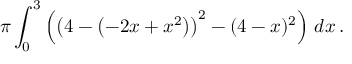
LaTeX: \pi \int _ { 0 } ^ { 3 } \left( \left( 4 - \left( - 2 x + x ^ { 2 } \right) \right) ^ { 2 } - ( 4 - x ) ^ { 2 } \right) \, d x \, .